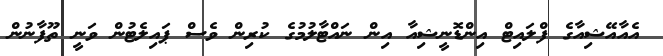
އެއާއޭޝިއާގެ ފްލައިޓް އިންޑޮނީޝިއާ އިން ނައްޓާލުމުގެ ކުރިން ވެސް ޕައިލެޓުން ވަނީ ތޫފާނުން